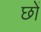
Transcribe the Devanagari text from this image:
छों